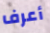
أعرف